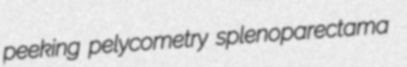
peeking pelycometry splenoparectama